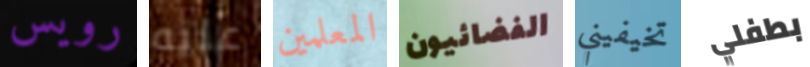
رويس عليه المعلمين الفضائيون تخيفيني بطفلي